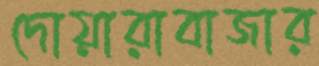
দোয়ারাবাজার